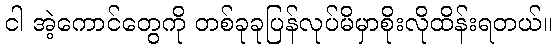
ငါ အဲ့ကောင်တွေကို တစ်ခုခုပြန်လုပ်မိမှာစိုးလိုထိန်းရတယ်။